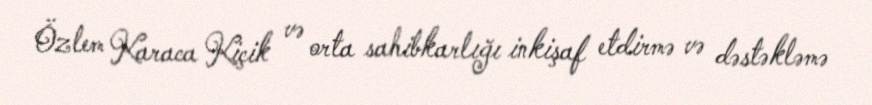
Özlem Karaca Kiçik və orta sahibkarlığı inkişaf etdirmə və dəstəkləmə